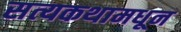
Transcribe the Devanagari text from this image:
सत्यकथामधून